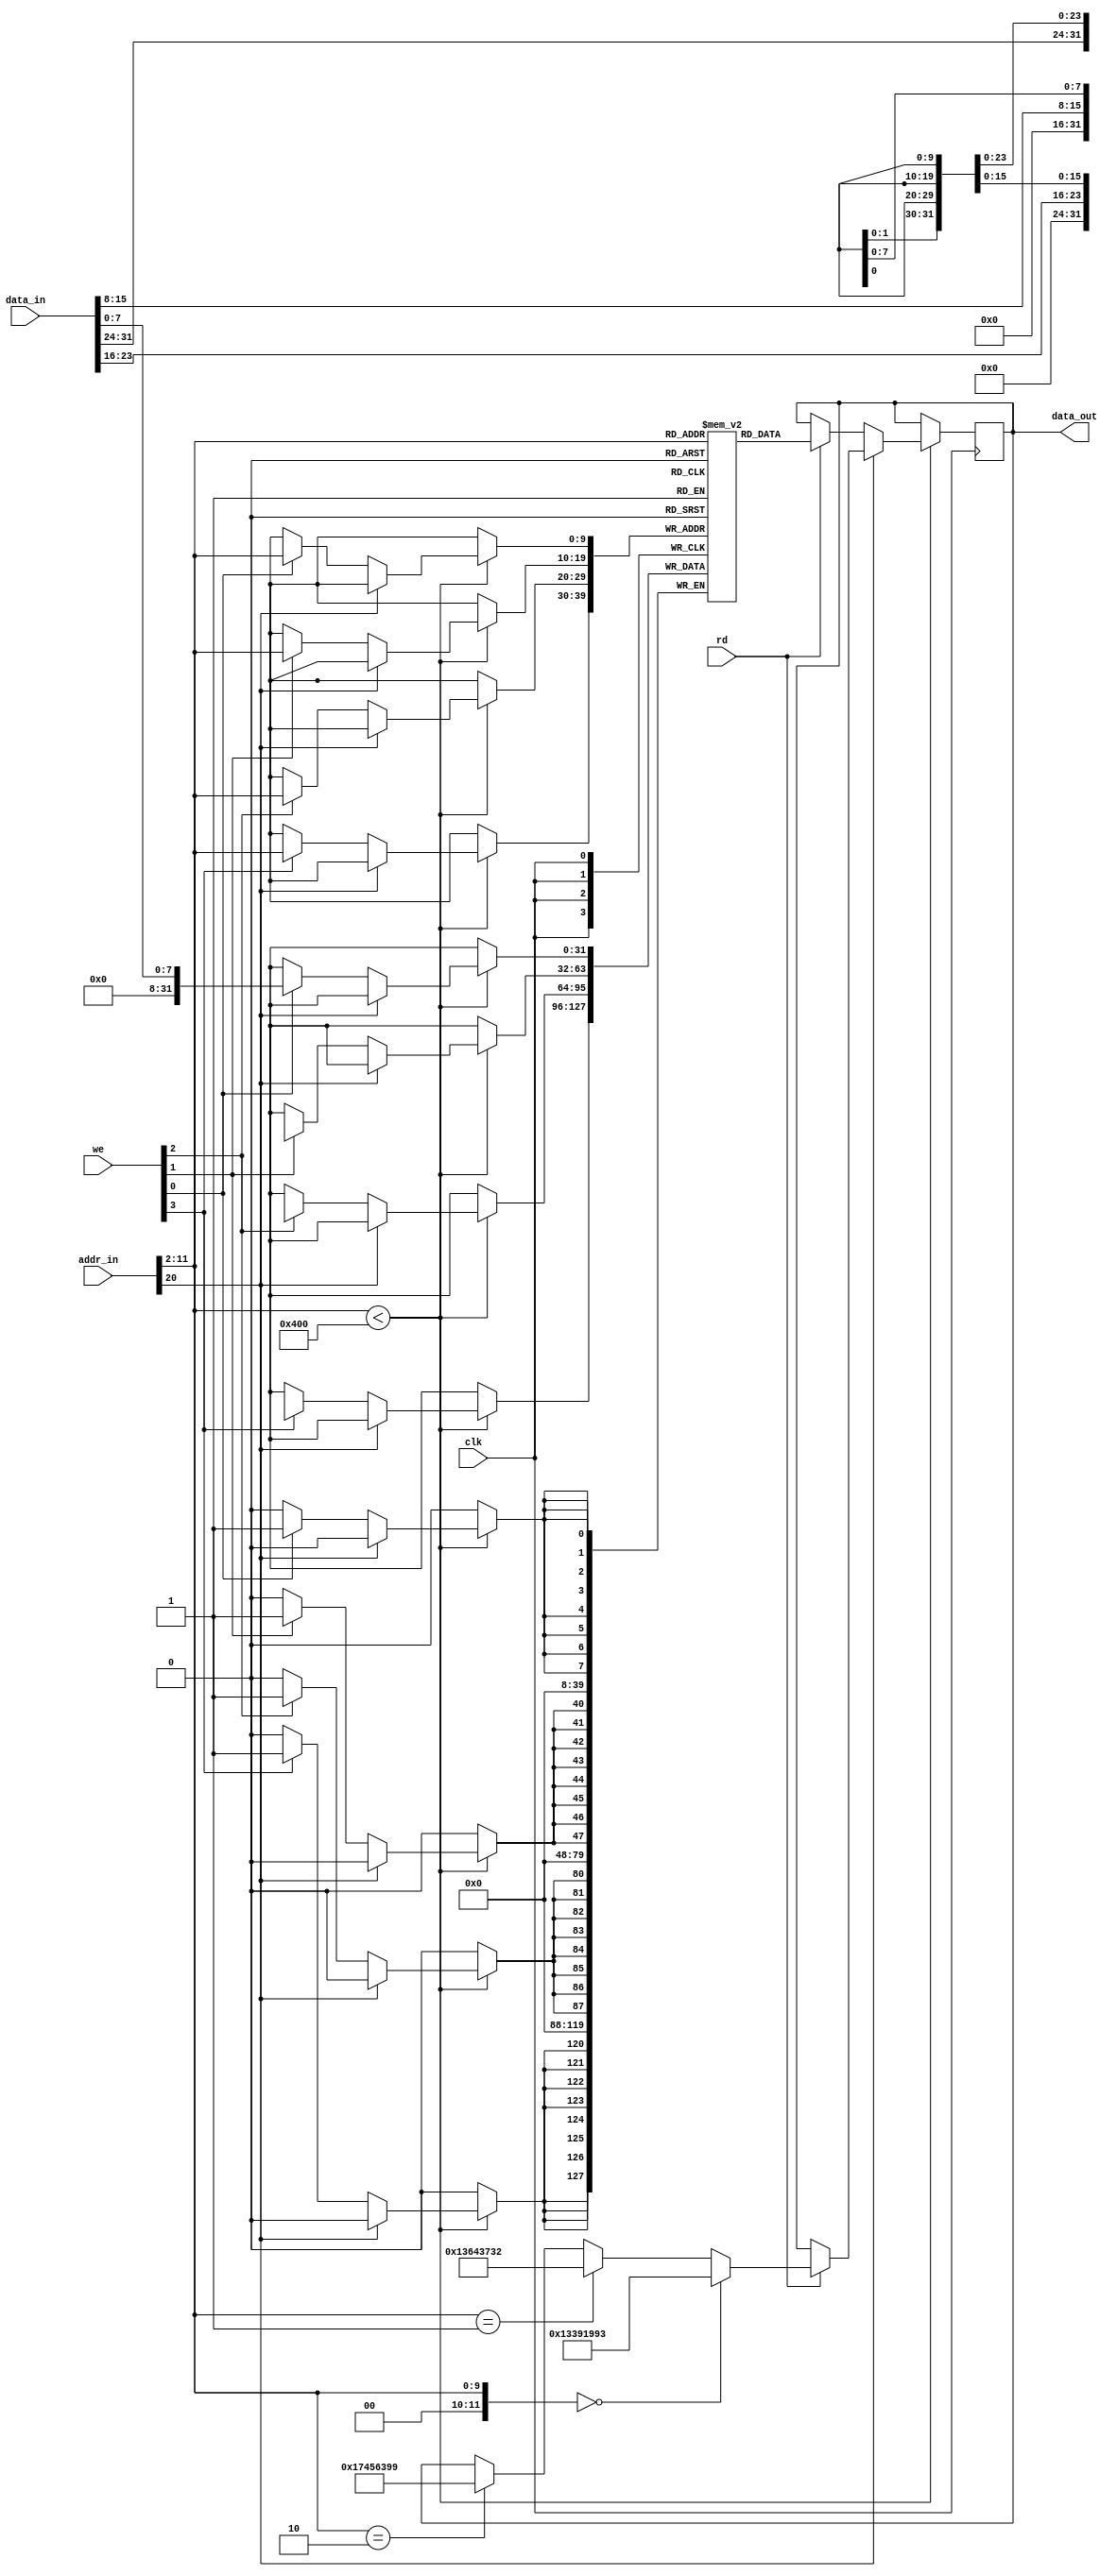
`timescale 1ns / 1ps
`default_nettype none

// Instruction Memory Size (4KB or 1024 Words)
`define RAM_LENGTH_WORDS 1024

// Relevant Address bits for 2KB Memory (0 - FFC -> 12 Bits)
`define RAM_ADDR_BITS 12

//Special ROM Values
`define STARTING_ADDR_BIT 21

`define TANISHA 13391993
`define ANANT 13643732
`define EESHA 17456399


// Data Memory
module DMem(
    input wire clk,
    input wire rd,
    input wire [3:0] we,
    input wire [31:0] addr_in,
    input wire [31:0] data_in,
    output wire [31:0] data_out
);

    // Define Data Memory
    reg [31:0] ram [0:`RAM_LENGTH_WORDS-1];

    // Address Translation divide by 4
    wire [11:0] addr = (addr_in[`RAM_ADDR_BITS-1:0]>>2);

    reg [31:0] d_out;

    always @(posedge clk) begin  
        if (addr < 12'd1024) begin
            if (addr_in[`STARTING_ADDR_BIT-1]) begin
                if (rd) begin
                    if(addr=='d0)
                        d_out <= 32'h`TANISHA;
                    else if(addr=='d1)
                        d_out <= 32'h`ANANT;
                    else if(addr=='d2)
                        d_out <= 32'h`EESHA;
                end
            end  
            else begin      
                if (we[0])
                    ram[addr][7:0] <= data_in[7:0];
                if (we[1])
                    ram[addr][15:8] <= data_in[15:8];                    
                if (we[2])
                    ram[addr][23:16] <= data_in[23:16];
                if (we[3])
                    ram[addr][31:24] <= data_in[31:24];
                if (rd)
                    d_out <= ram[addr];
            end
        end
    end
    
    assign data_out = d_out;
    
endmodule

// DMem TCL Simulation Commands

/*

restart
add_force {/DMem/clk} -radix hex {1 0ns} {0 500ps} -repeat_every 1000ps
add_force {/DMem/rd} -radix hex {1 0ns}
run 1ns
add_force {/DMem/addr_in} -radix hex {00100000 0ns}
run 2ns
add_force {/DMem/addr_in} -radix hex {00100004 0ns}
run 2ns
add_force {/DMem/addr_in} -radix hex {00100008 0ns}
run 2ns
add_force {/DMem/we} -radix bin {0001 0ns}
add_force {/DMem/addr_in} -radix hex {80000000 0ns}
add_force {/DMem/data_in} -radix hex {ffffffff 0ns}
run 1ns
add_force {/DMem/we} -radix bin {0010 0ns}
add_force {/DMem/addr_in} -radix hex {80000000 0ns}
add_force {/DMem/data_in} -radix hex {eeeeeeee 0ns}
run 1ns
add_force {/DMem/we} -radix bin {0100 0ns}
add_force {/DMem/addr_in} -radix hex {80000000 0ns}
add_force {/DMem/data_in} -radix hex {dddddddd 0ns}
run 1ns
add_force {/DMem/we} -radix bin {1000 0ns}
add_force {/DMem/addr_in} -radix hex {80000000 0ns}
add_force {/DMem/data_in} -radix hex {cccccccc 0ns}
run 1ns
add_force {/DMem/we} -radix bin {1010 0ns}
add_force {/DMem/addr_in} -radix hex {80000000 0ns}
add_force {/DMem/data_in} -radix hex {aaaaaaaa 0ns}
run 1ns
add_force {/DMem/we} -radix bin {1010 0ns}
add_force {/DMem/addr_in} -radix hex {00100010 0ns}
add_force {/DMem/data_in} -radix hex {aaaaaaaa 0ns}
run 1ns
*/